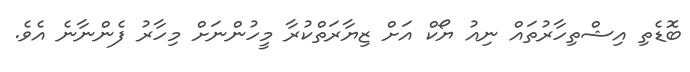
ބޮޑެތި އިޝްތިހާރުތައް ނިއު ޔޯކް އަށް ޒިޔާރަތްކުރާ މީހުންނަށް މިހާރު ފެންނާނެ އެވެ.